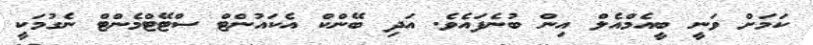
ކަމަށް ވަނީ ބީއެމްއެލް އިން ބުނެފައެވެ. އަދި ބޭންކް އެކައުންޓް ސްޓޭޓްމެންޓް ނެގުމަކީ